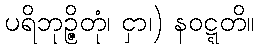
ပရိဘုဉ္ဇိတုံ၊ ငှာ၊) နဝဋ္ဋတိ။